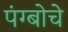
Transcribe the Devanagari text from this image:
पंग्बोचे